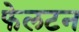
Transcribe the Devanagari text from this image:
फेलटन